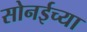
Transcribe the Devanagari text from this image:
सोनईच्या